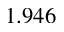
1 . 9 4 6